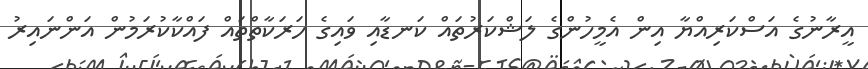
އީރާނުގެ އަސްކަރިއްޔާ އިން އެމީހުންގެ ލަޝްކަރުތައް ކަނޑާއި ވައިގެ ހަރަކާތްތައް ފައްކާކުރަމުން އަންނައިރު